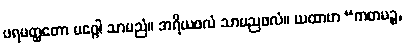
ပရမတ္ထတော မဂ္ဂေါ သာမညံ။ အရိယဖလံ သာမညဖလံ။ ယထာဟ “ကတမဉ္စ,